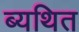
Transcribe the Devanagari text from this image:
ब्यथित